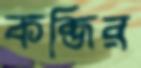
কব্জির